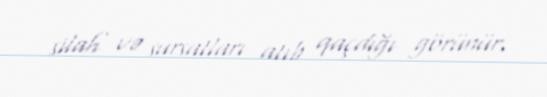
silah və sursatları atıb qaçdığı görünür.